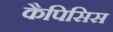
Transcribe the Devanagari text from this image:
कैपिसिस